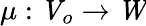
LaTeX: \mu:{\mathit{V}}_{o}\to{\mathit{W}}